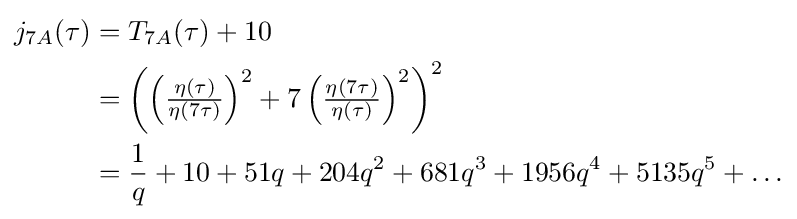
{\begin{aligned}j_{7A}(\tau )&=T_{7A}(\tau )+10\\&=\left(\left({\tfrac {\eta (\tau )}{\eta (7\tau )}}\right)^{2}+7\left({\tfrac {\eta (7\tau )}{\eta (\tau )}}\right)^{2}\right)^{2}\\&={\frac {1}{q}}+10+51q+204q^{2}+681q^{3}+1956q^{4}+5135q^{5}+\dots \end{aligned}}